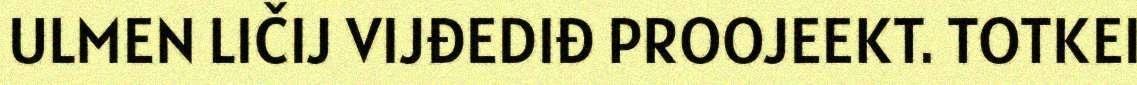
ULMEN LIČIJ VIJĐEDIĐ PROOJEEKT. TOTKEI